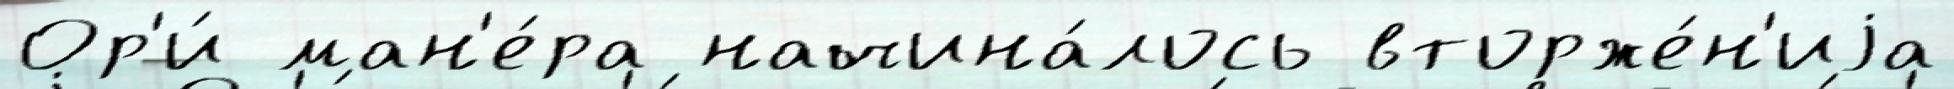
Ор'и́ ман'е́ра начина́лось вторже́н'иjа